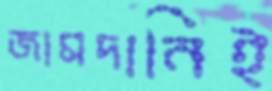
জামদানিই